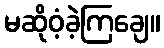
မဆိုဝံ့ခဲ့ကြချေ။